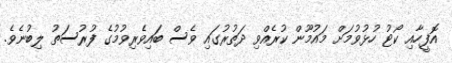
އޮފީހާއި ކޯޓު ހުޅުވުމަށް މައުމޫން ކުރެއްވި ދަތުރުގައި ވެސް ބައިވެރިވުމުގެ ފުރުސަތު ލިބުނެވެ.